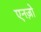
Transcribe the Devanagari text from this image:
एनज़ो